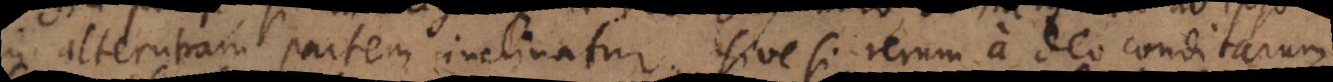
in alterutram partem inclinatur; sive si rerum a Deo conditarum